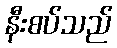
နီးစပ်သည်